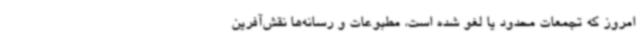
امروز که تجمعات محدود یا لغو شده است، مطبوعات و رسانه‌ها نقش‌آفرین